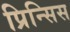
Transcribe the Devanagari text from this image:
प्रिन्सिस